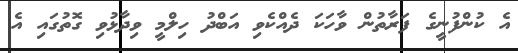
އެ ކުންފުނީގެ ފަރާތުން ވާހަކަ ދެއްކެވި އަބްދު ހިލްމީ ވިދާޅުވި ގޮތުގައި އެ